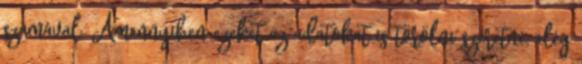
számával. Amennyiben ezeket az adatokat is törölni szeretné, elég